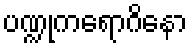
ပဏ္ဍုကရောဂိနော